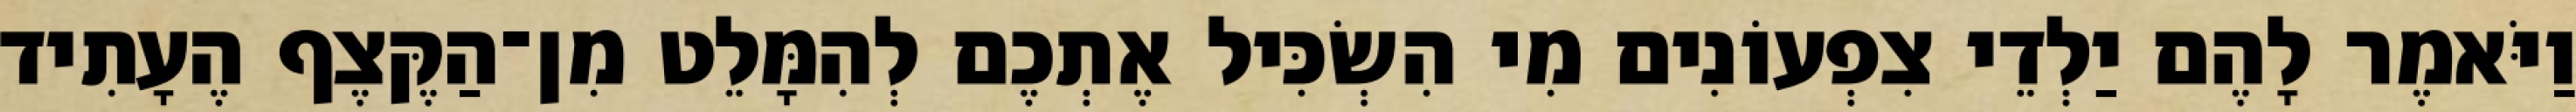
וַיֹּאמֶר לָהֶם יַלְדֵי צִפְעוֹנִים מִי הִשְׂכִּיל אֶתְכֶם לְהִמָּלֵט מִן־הַקֶּצֶף הֶעָתִיד